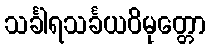
သင်္ခါရသင်္ခယဝိမုတ္တော